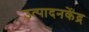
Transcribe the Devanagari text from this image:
उत्पादनकेंद्र